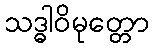
သဒ္ဓါဝိမုတ္တော